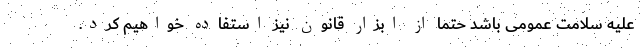
علیه سلامت عمومی باشد حتما از ابزار قانون نیز استفاده خواهیم کرد.